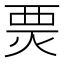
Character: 㶾